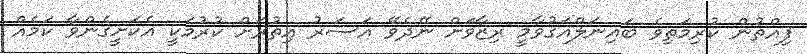
ފިއްތުން ކުރިމަތިވެ ބައިނަލްއަގުވާމީ ރިޒާވަށް ނޭދެވޭ އަސަރު އިތުރަށް ކުރުމަކީ އެކަށީގެންވާ ކަމެއް